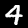
Digit: 4